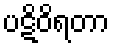
ပဋိဝိရတာ